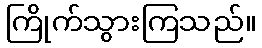
ကြိုက်သွားကြသည်။